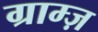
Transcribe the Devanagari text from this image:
ग्राम्ज़